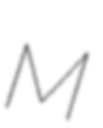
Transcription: M